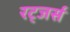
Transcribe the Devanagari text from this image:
रट्जर्स